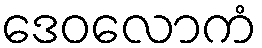
ဒေဝလောကံ